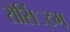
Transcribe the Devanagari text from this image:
रोसिं्टग